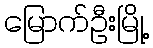
မြောက်ဦးမြို့